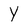
Character: Y